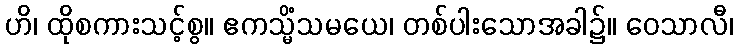
ဟိ၊ ထိုစကားသင့်စွ။ ဧကသ္မိံသမယေ၊ တစ်ပါးသောအခါ၌။ ဝေသာလီ၊